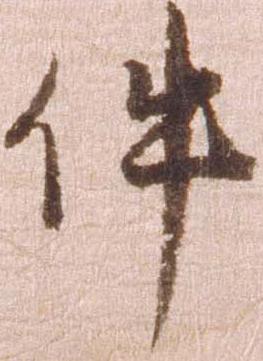
件